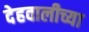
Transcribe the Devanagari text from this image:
देहवालीच्या